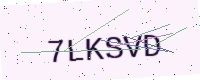
Text: 7LKSVD